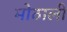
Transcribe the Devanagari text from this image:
मोठालीं